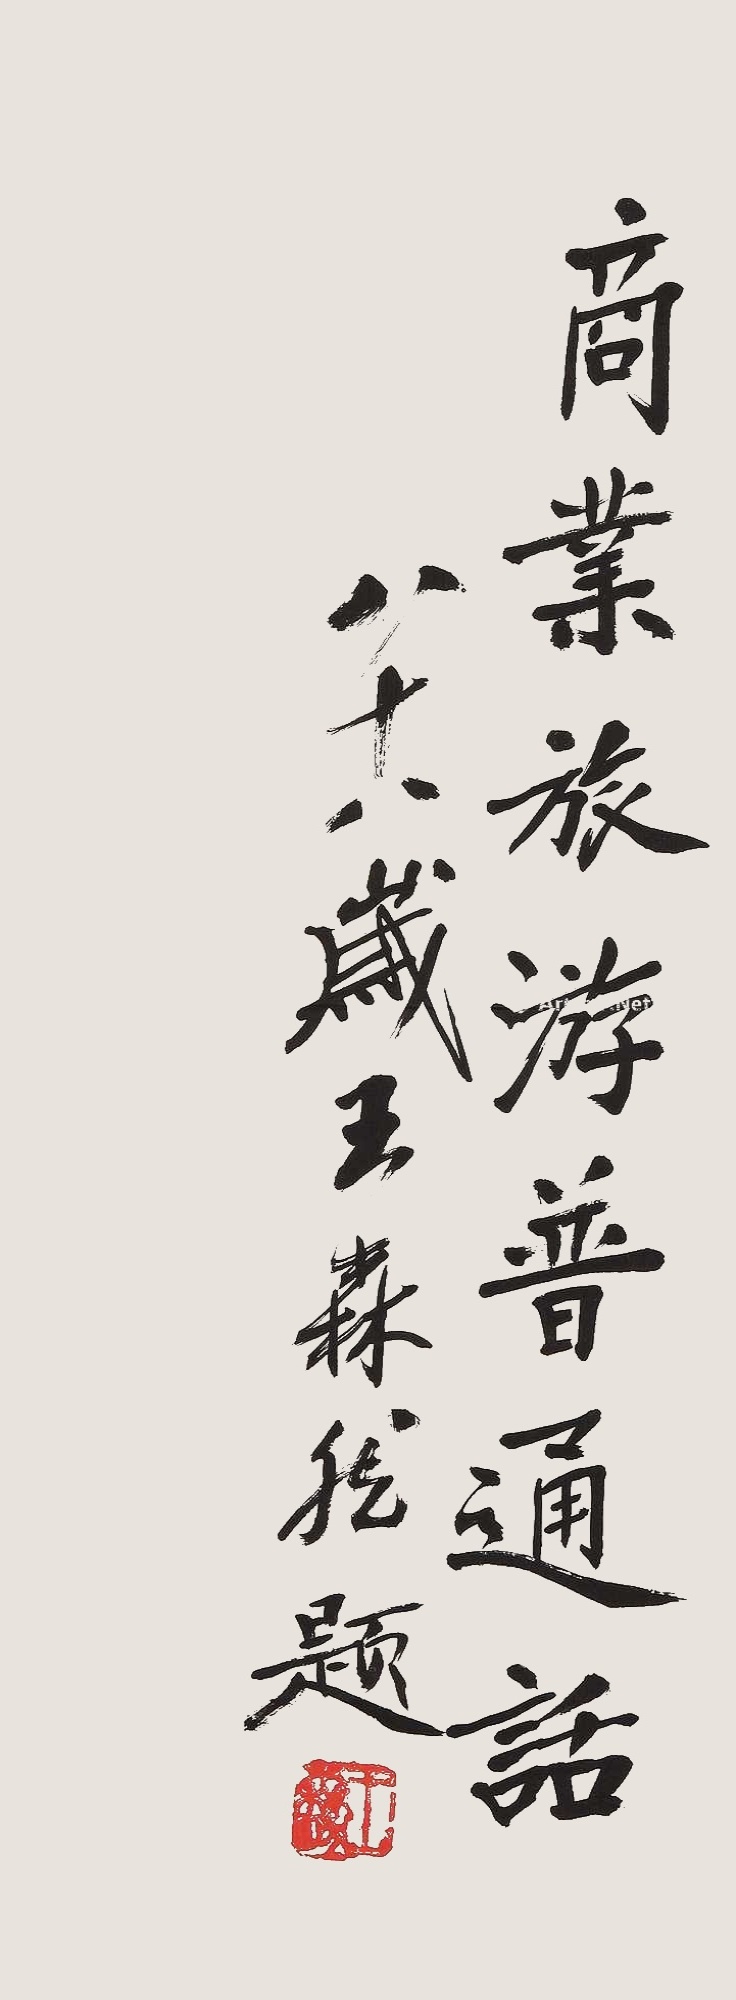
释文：商业旅游普通话八十八岁王森然题。